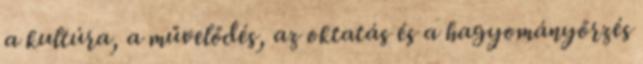
a kultúra, a művelődés, az oktatás és a hagyományőrzés